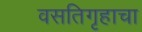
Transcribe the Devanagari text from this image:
वसतिगृहाचा